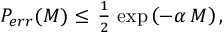
\begin{array} { r } { P _ { e r r } ( M ) \leq \, \frac { 1 } { 2 } \, \exp \left( - \alpha \, M \right) , } \end{array}